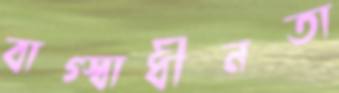
বাগ্স্বাধীনতা